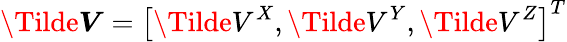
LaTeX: \boldsymbol{\Tilde{V}}=\left[\Tilde{V}^{X},\Tilde{V}^{Y},\Tilde{V}^{Z}\right]^{T}